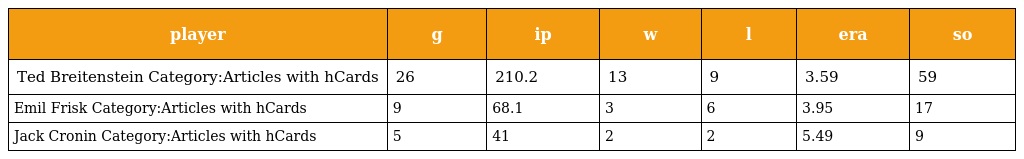
| player | g | ip | w | l | era | so |
 | --- | --- | --- | --- | --- | --- | --- |
 | Ted Breitenstein Category:Articles with hCards | 26 | 210.2 | 13 | 9 | 3.59 | 59 |
 | Emil Frisk Category:Articles with hCards | 9 | 68.1 | 3 | 6 | 3.95 | 17 |
 | Jack Cronin Category:Articles with hCards | 5 | 41 | 2 | 2 | 5.49 | 9 |